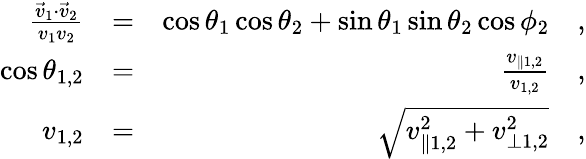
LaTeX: \begin{array}{rlr}{\frac{\vec{v}_{1}\cdot\vec{v}_{2}}{v_{1}v_{2}}}&{=}&{\cos\theta_{1}\cos\theta_{2}+\sin\theta_{1}\sin\theta_{2}\cos\phi_{2}\quad,}\\ {\cos\theta_{1,2}}&{=}&{\frac{v_{\parallel 1,2}}{v_{1,2}}\quad,}\\ {v_{1,2}}&{=}&{\sqrt{v_{\parallel 1,2}^{2}+v_{\perp 1,2}^{2}}\quad,}\end{array}